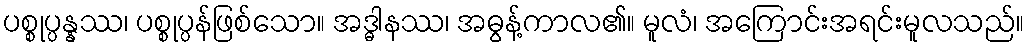
ပစ္စုပ္ပန္နဿ၊ ပစ္စုပ္ပန်ဖြစ်သော။ အဒ္ဓါနဿ၊ အဓွန့်ကာလ၏။ မူလံ၊ အကြောင်းအရင်းမူလသည်။